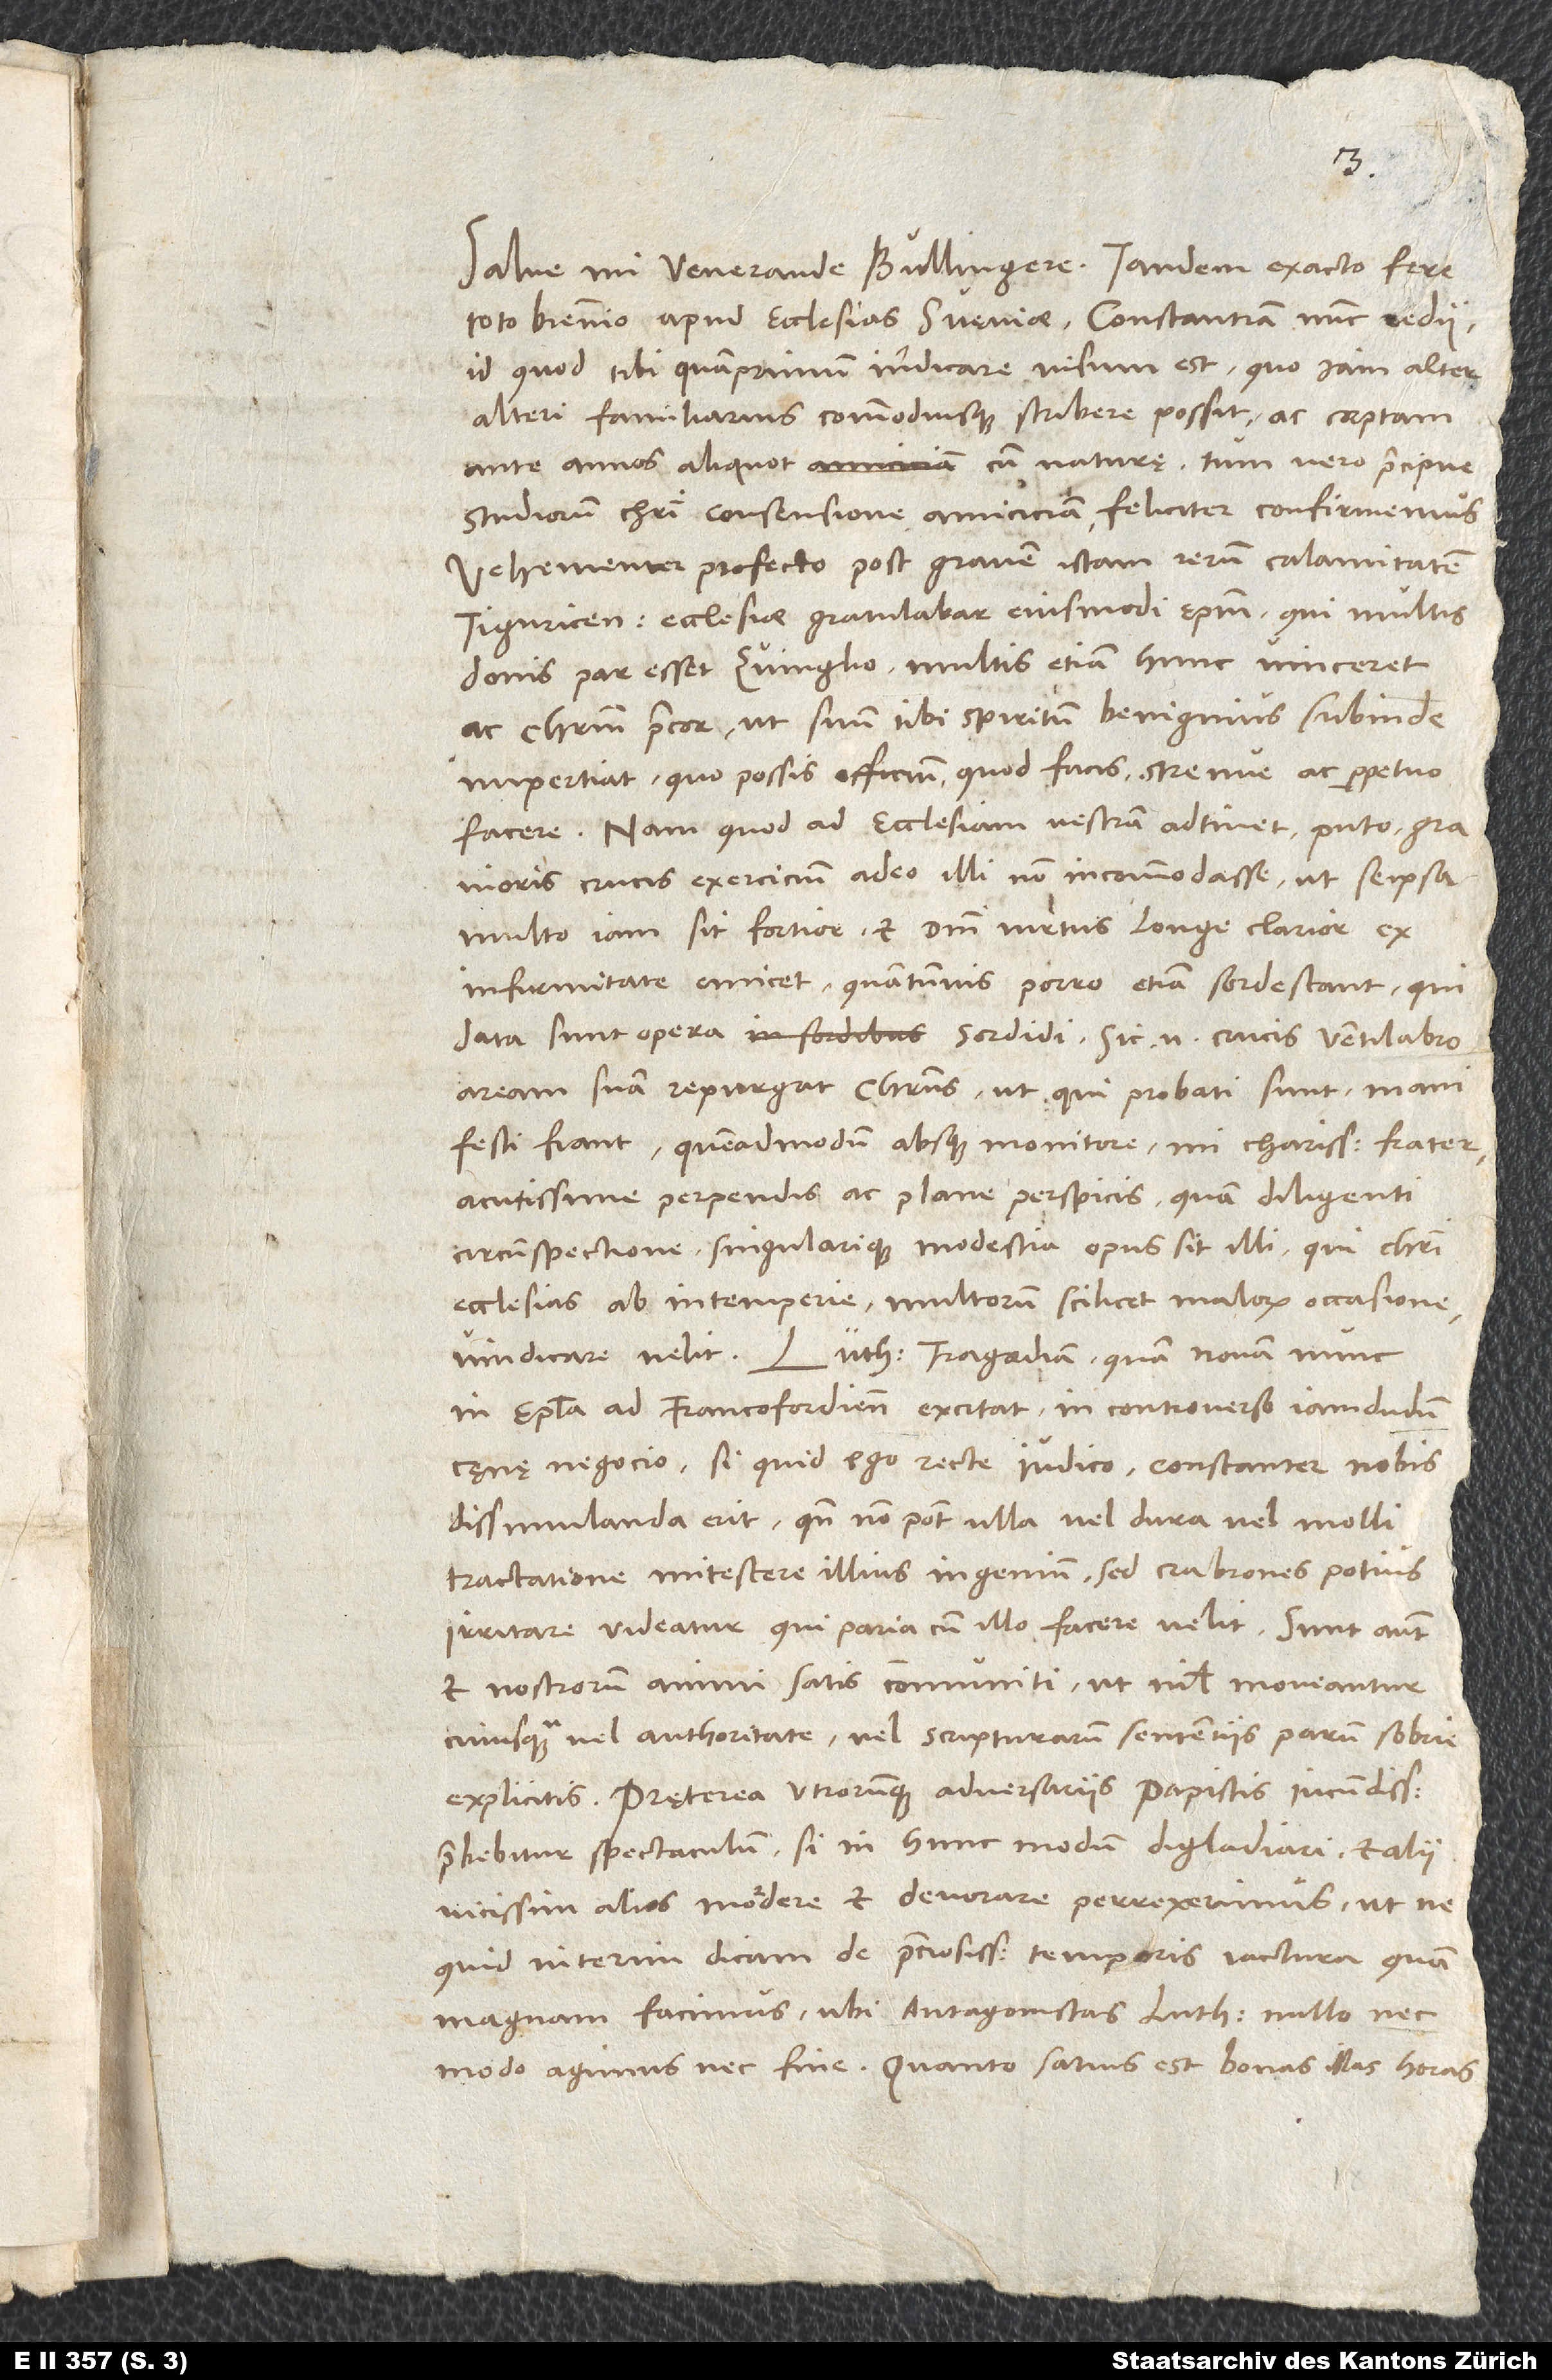
toto biennio apud ecclesias Sueviae Constantiam nunc redii,
id quod tibi quamprimum indicare visum est, quo iam alter
alteri familiarius commodiusque scribere possit ac coeptam
ante annos aliquot cum naturę, tum vero praecipue
studiorum Christi consensione amiciciam feliciter confirmemus.
Vehementer profecto post gravem istam rerum calamitatem
Tiguricensi ecclesiae gratulabar eiusmodi episcopum, qui multis
donis par esset Zuinglio, multis etiam hunc vinceret,
ac Christum precor, ut suum tibi spiritum benignius subinde
impertiat, quo possis officium, quod facis, strenuo ac perpetuo
facere. Nam quod ad ecclesiam vestram adtinet, puto gravioris
crucis exercicium adeo illi non incommodasse, ut se ipsa
multo iam sit fortior et domini metus longe clarior ex
infirmitate emicet, quantumvis porro etiam sordescant, qui
data sunt opera sordidi. Sic enim crucis ventilabro
aream suam repurgat Christus, ut qui probati sunt, manifesti
fiant. Quemadmodum absque monitore, mi charissime frater,
acutissime perpendis ac plane perspicis, quam diligenti
circumspectione singularique modestia opus sit illi, qui Christi
ecclesias ab intemperie, multorum scilicet malorum occasione,
vindicare velit. Lutheri tragoedia, quam novam nunc
in epistola ad Francofordienses excitat in controverso iam dudum
caenae negocio, si quid ego recte iudico, constanter nobis
dissimulanda erit, quando non potest ulla vel dura vel molli
tractatione mitescere illius ingenium, sed crabrones potius
irritare videatur, qui paria cum illo facere velit. Sunt autem
et nostrorum animi satis communiti, ut nihil moveantur
cuiusquam vel authoritate vel scripturarum sententiis parum sobrie
explicitis. Praeterea utrorumque adversariis, papistis, iucundissimum
praebebitur spectaculum, si in hunc modum digladiari et alii
vicissim alios mordere et devorare perrexerimus, ut ne
quid interim dicam de preciosissimi temporis iactura, quam
magnam facimus, ubi antagonistas Lutheri nullo nec
modo agimus nec fine. Quanto satius est bonas illas horas